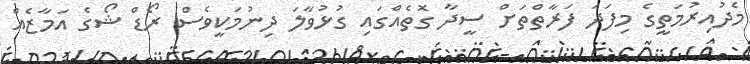
މެދުއިރުމަތީގެ މިފަދަ ފަރާތްތަށް ސީދާ ގޮތެއްގައި ގުޅުވާލަ ދިނުމަކީވެސް ރޯޑް ޝޯގެ އަމާޒެއް